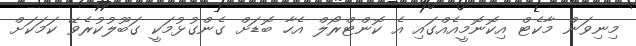
މިނިވަން މާކެޓް އިކޮނޮމީއެއްގައި އެ ކޮންޓްރޯލް އެހާ ބޮޑަށް ގެންގުޅުމަކީ ގަބޫލުކުރެވޭ ކަމަކަށް